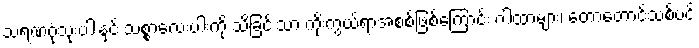
သရဏဂုံသုံးပါးနှင့် သစ္စာလေးပါးကို သိခြင်းသာ ကိုးကွယ်ရာအစစ်ဖြစ်ကြောင်း ဂါထာများ၊ တောတောင်သစ်ပင်